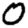
Digit: 0